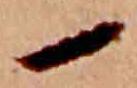
一